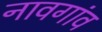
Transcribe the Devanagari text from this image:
नावगांव